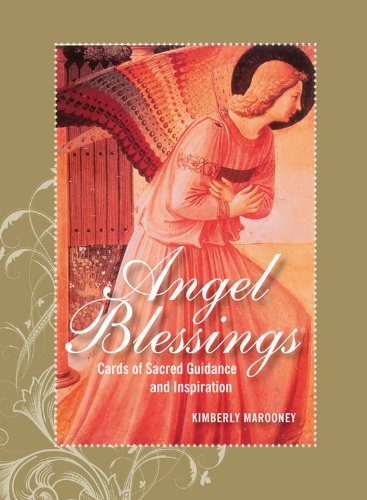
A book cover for The Angel Blessings Kit, Revised Edition: Cards of Sacred Guidance and Inspiration; Kimberly Marooney; Religion & Spirituality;